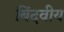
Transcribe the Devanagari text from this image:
बिंदवीय